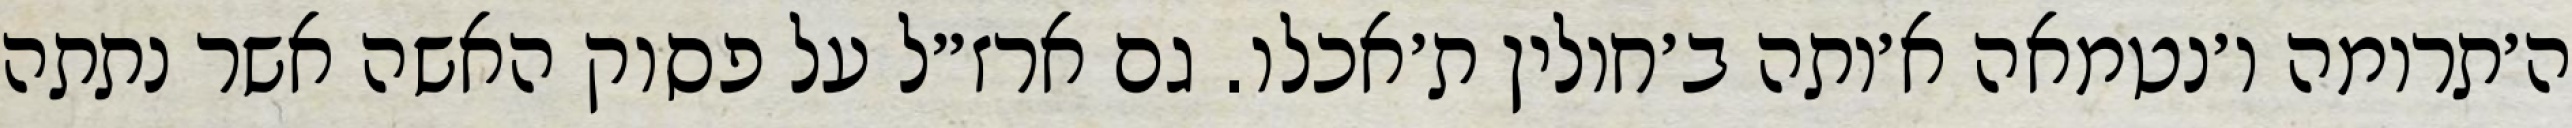
ה׳תרומה ו׳נטמאה א׳ותה ב׳חולין ת׳אכלו. גם ארז״ל על פסוק האשה אשר נתתה